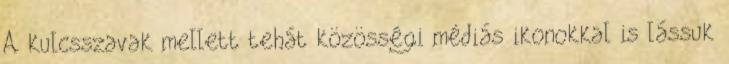
A kulcsszavak mellett tehát közösségi médiás ikonokkal is lássuk